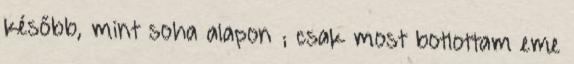
később, mint soha alapon ; csak most botlottam eme